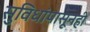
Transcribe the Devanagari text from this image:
सुविधांपासूनही